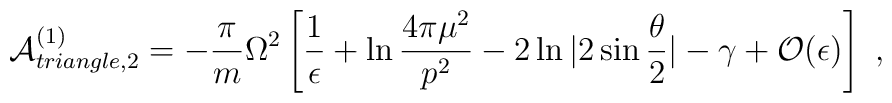
{\cal A}^{(1)}_{triangle,2}=-{\pi\over m}\Omega^2\left[{1\over\epsilon}+\ln{4\pi\mu ^2\over p^2}-2\ln|2\sin{\theta\over 2}|-\gamma+{\cal O}(\epsilon)\right] \ ,